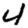
Digit: 4